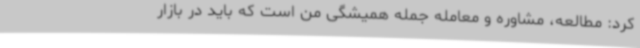
کرد: مطالعه، مشاوره و معامله جمله همیشگی من است که باید در بازار